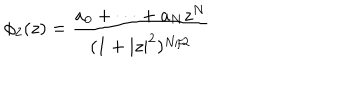
\phi _ { 2 } ( z ) = \frac { a _ { 0 } + \cdots + a _ { N } z ^ { N } } { ( 1 + | z | ^ { 2 } ) ^ { N / 2 } }